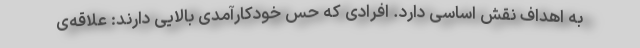
به اهداف نقش اساسی دارد. افرادی که حس خودکارآمدی بالایی دارند: علاقه‌ی